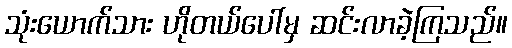
သုံးယောက်သား ဟိုတယ်ပေါ်မှ ဆင်းလာခဲ့ကြသည်။